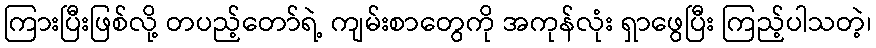
ကြားပြီးဖြစ်လို့ တပည့်တော်ရဲ့ ကျမ်းစာတွေကို အကုန်လုံး ရှာဖွေပြီး ကြည့်ပါသတဲ့၊